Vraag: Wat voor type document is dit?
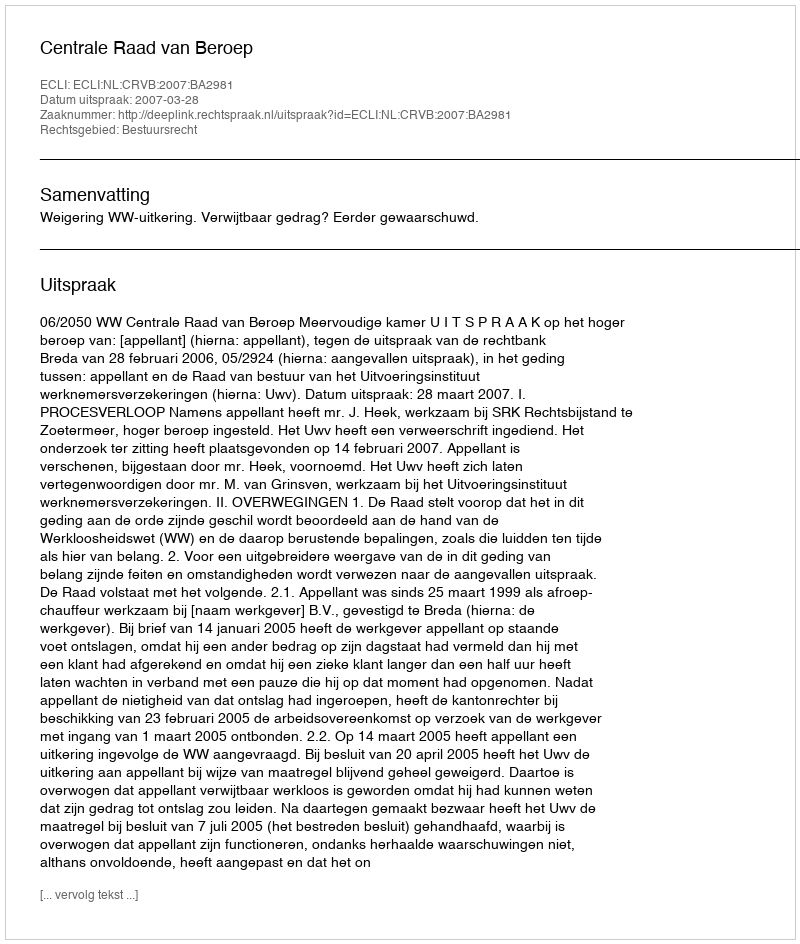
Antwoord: Uitspraak